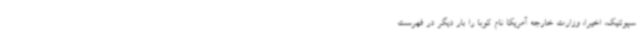
سپوتنیک، اخیرا، وزارت خارجه آمریکا نام کوبا را بار دیگر در فهرست